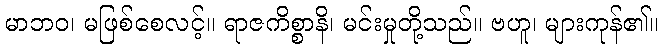
မာဘဝ၊ မဖြစ်စေလင့်။ ရာဇကိစ္စာနိ၊ မင်းမှုတို့သည်။ ဗဟူ၊ များကုန်၏။